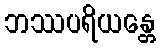
ဘဿပရိယန္တေ